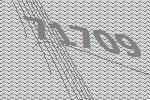
71709